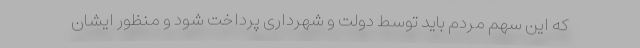
که این سهم مردم باید توسط دولت و شهرداری پرداخت شود و منظور ایشان